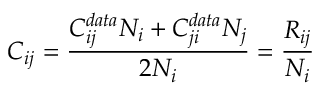
C _ { i j } = \frac { C _ { i j } ^ { d a t a } N _ { i } + C _ { j i } ^ { d a t a } N _ { j } } { 2 N _ { i } } = \frac { R _ { i j } } { N _ { i } }